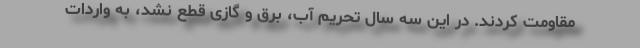
مقاومت کردند. در این سه سال تحریم آب، برق و گازی قطع نشد، به واردات